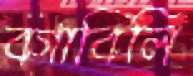
বগাবিলি